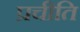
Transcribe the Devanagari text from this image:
प्रचीति